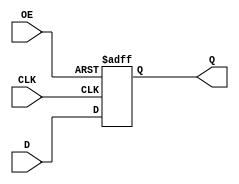
`timescale 1ns / 1ps
//////////////////////////////////////////////////////////////////////////////////
// Company: 
// Engineer: 
// 
// Design Name: 
// Module Name: register
// Project Name: 
// Target Devices: 
// Tool Versions: 
// Description: 
// 
// Dependencies: 
// 
// Revision:
// Revision 0.01 - File Created
// Additional Comments:
// 
//////////////////////////////////////////////////////////////////////////////////


module register(Q, D, OE, CLK);
    parameter N = 8;
    output reg [N-1:0] Q; // Q
    input [N:1] D;
    input OE, CLK;  //

    //CLKOE
    always @ (posedge CLK or posedge OE)
        if (OE) Q <= 8'bzzzz_zzzz; // 
        else Q <= D;    //
endmodule